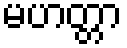
မဟတ္တာ